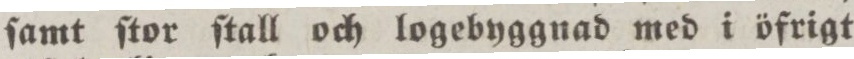
ſamt ſtor ſtall och logebyggnad med i öfrigt